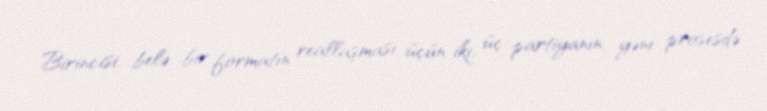
Birincisi, belə bir formatın reallaşması üçün iki, üç partiyanın, yəni prosesdə